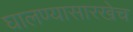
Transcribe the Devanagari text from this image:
घालण्यासारखेच